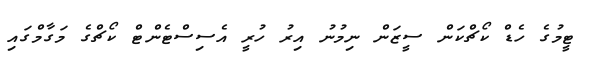
ޓީމުގެ ހެޑް ކޯޗްކަން ސީޒަން ނިމުނު އިރު ހުރީ އެސިސްޓެންޓް ކޯޗްގެ މަގާމްގައި